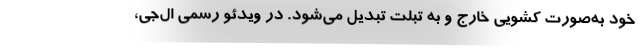
خود به‌صورت کشویی خارج و ‌به تبلت تبدیل می‌شود. در ویدئو رسمی ال‌جی،